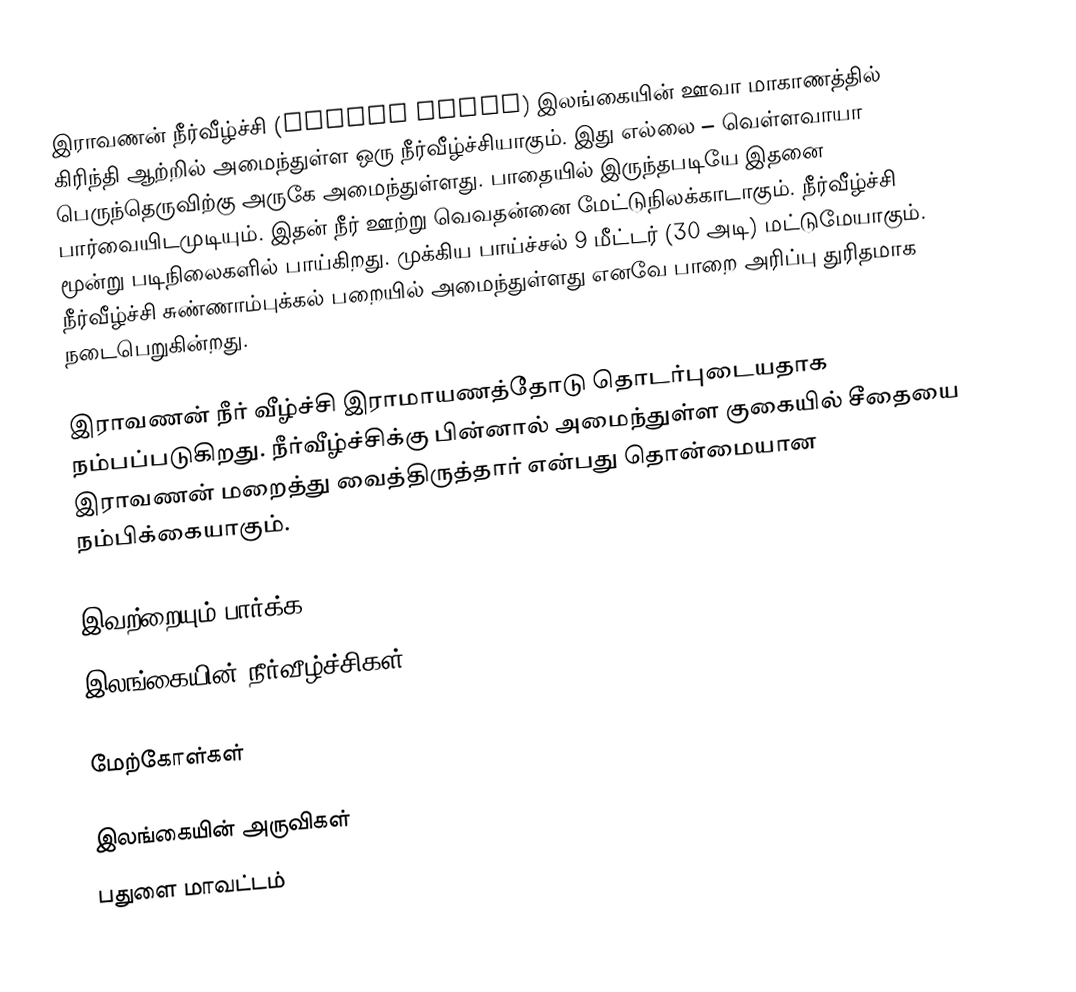
இராவணன் நீர்வீழ்ச்சி (Ravana Falls) இலங்கையின் ஊவா மாகாணத்தில் கிரிந்தி ஆற்றில் அமைந்துள்ள ஒரு நீர்வீழ்ச்சியாகும். இது  எல்லை – வெள்ளவாயா பெருந்தெருவிற்கு அருகே அமைந்துள்ளது. பாதையில் இருந்தபடியே இதனை பார்வையிடமுடியும். இதன் நீர் ஊற்று வெவதன்னை மேட்டுநிலக்காடாகும். நீர்வீழ்ச்சி மூன்று படிநிலைகளில் பாய்கிறது. முக்கிய பாய்ச்சல் 9 மீட்டர் (30 அடி) மட்டுமேயாகும். நீர்வீழ்ச்சி சுண்ணாம்புக்கல் பறையில் அமைந்துள்ளது எனவே பாறை அரிப்பு துரிதமாக நடைபெறுகின்றது.

இராவணன் நீர் வீழ்ச்சி இராமாயணத்தோடு தொடர்புடையதாக நம்பப்படுகிறது. நீர்வீழ்ச்சிக்கு பின்னால் அமைந்துள்ள குகையில் சீதையை இராவணன் மறைத்து வைத்திருத்தார் என்பது தொன்மையான நம்பிக்கையாகும்.

இவற்றையும் பார்க்க
 இலங்கையின் நீர்வீழ்ச்சிகள்

மேற்கோள்கள்

இலங்கையின் அருவிகள்
பதுளை மாவட்டம்